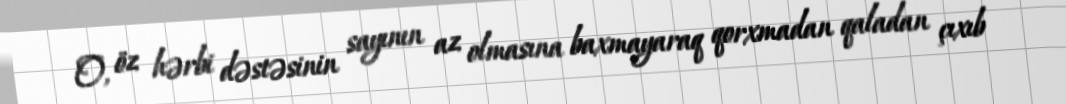
O, öz hərbi dəstəsinin sayının az olmasına baxmayaraq qorxmadan qaladan çıxıb